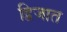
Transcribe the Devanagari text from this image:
द्विजात